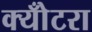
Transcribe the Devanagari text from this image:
क्योँटरा